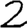
Digit: 2